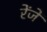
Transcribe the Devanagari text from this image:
रेंजें